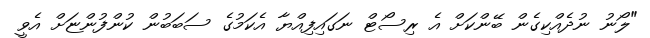
"ލޯނު ނުދެއްކިގެން ބޭންކަށް އެ ރިސޯޓް ނަގައިފިއްޔާ އެކަމުގެ ސަބަބުން ކުންފުންޏަށް އެވީ